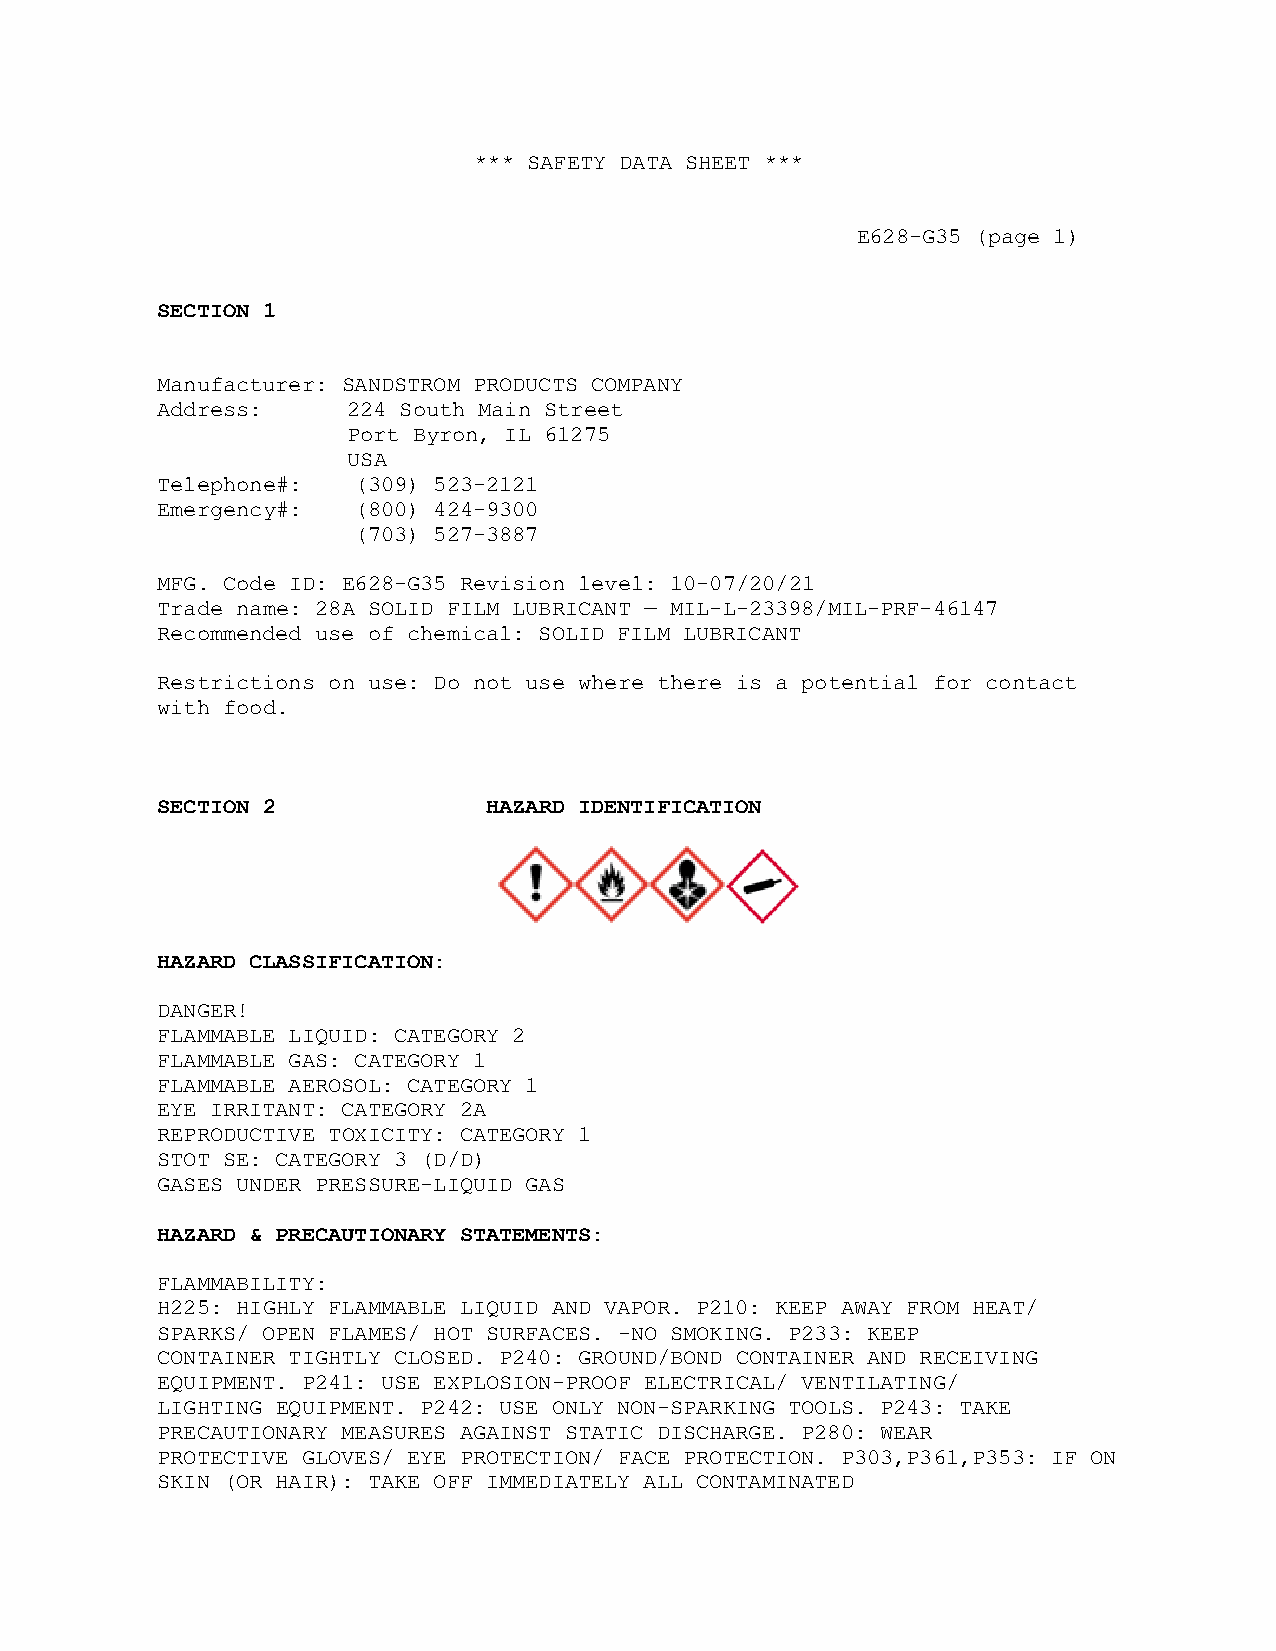
*** SAFETY DATA SHEET ***
 E628-G35 (page 1)
 SECTION 1
 Manufacturer: SANDSTROM PRODUCTS COMPANY
 Address:     224 South Main Street
 Port Byron, IL 61275
 USA
 Telephone#:  (309) 523-2121
 Emergency#:  (800) 424-9300
 (703) 527-3887
 MFG. Code ID: E628-G35 Revision level: 10-07/20/21
 Trade name: 28A SOLID FILM LUBRICANT — MIL-L-23398/MIL-PRF-46147
 Recommended use of chemical: SOLID FILM LUBRICANT
 Restrictions on use: Do not use where there is a potential for contact
 with food.
 SECTION 2             HAZARD IDENTIFICATION
 HAZARD CLASSIFICATION:
 DANGER!
 FLAMMABLE LIQUID: CATEGORY 2
 FLAMMABLE GAS: CATEGORY 1
 FLAMMABLE AEROSOL: CATEGORY 1
 EYE IRRITANT: CATEGORY 2A
 REPRODUCTIVE TOXICITY: CATEGORY 1
 STOT SE: CATEGORY 3 (D/D)
 GASES UNDER PRESSURE-LIQUID GAS
 HAZARD & PRECAUTIONARY STATEMENTS:
 FLAMMABILITY:
 H225: HIGHLY FLAMMABLE LIQUID AND VAPOR. P210: KEEP AWAY FROM HEAT/
 SPARKS/ OPEN FLAMES/ HOT SURFACES. -NO SMOKING. P233: KEEP
 CONTAINER TIGHTLY CLOSED. P240: GROUND/BOND CONTAINER AND RECEIVING
 EQUIPMENT. P241: USE EXPLOSION-PROOF ELECTRICAL/ VENTILATING/
 LIGHTING EQUIPMENT. P242: USE ONLY NON-SPARKING TOOLS. P243: TAKE
 PRECAUTIONARY MEASURES AGAINST STATIC DISCHARGE. P280: WEAR
 PROTECTIVE GLOVES/ EYE PROTECTION/ FACE PROTECTION. P303,P361,P353: IF ON
 SKIN (OR HAIR): TAKE OFF IMMEDIATELY ALL CONTAMINATED